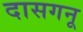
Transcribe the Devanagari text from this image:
दासगनू